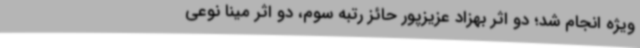
ویژه انجام شد؛ دو اثر بهزاد عزیزپور حائز رتبه سوم، دو اثر مینا نوعی